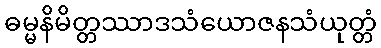
ဓမ္မနိမိတ္တဿာဒသံယောဇနသံယုတ္တံ